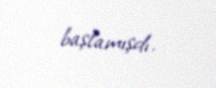
başlamışdı.